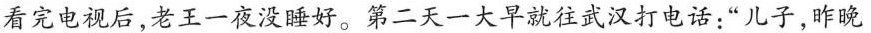
看完电视后，老王一夜没睡好。第二天一大早就往武汉打电话：“儿子，昨晚